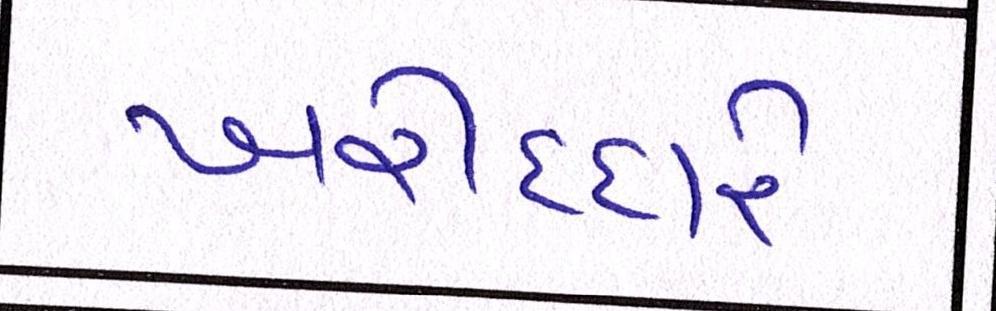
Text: ખરીદદારે